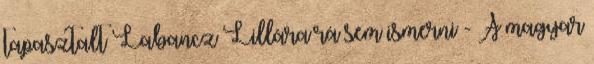
tapasztalt Labancz Lillára rá sem ismerni - A magyar